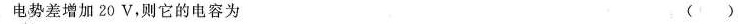
电势差增加20V，则它的电容为 ( )